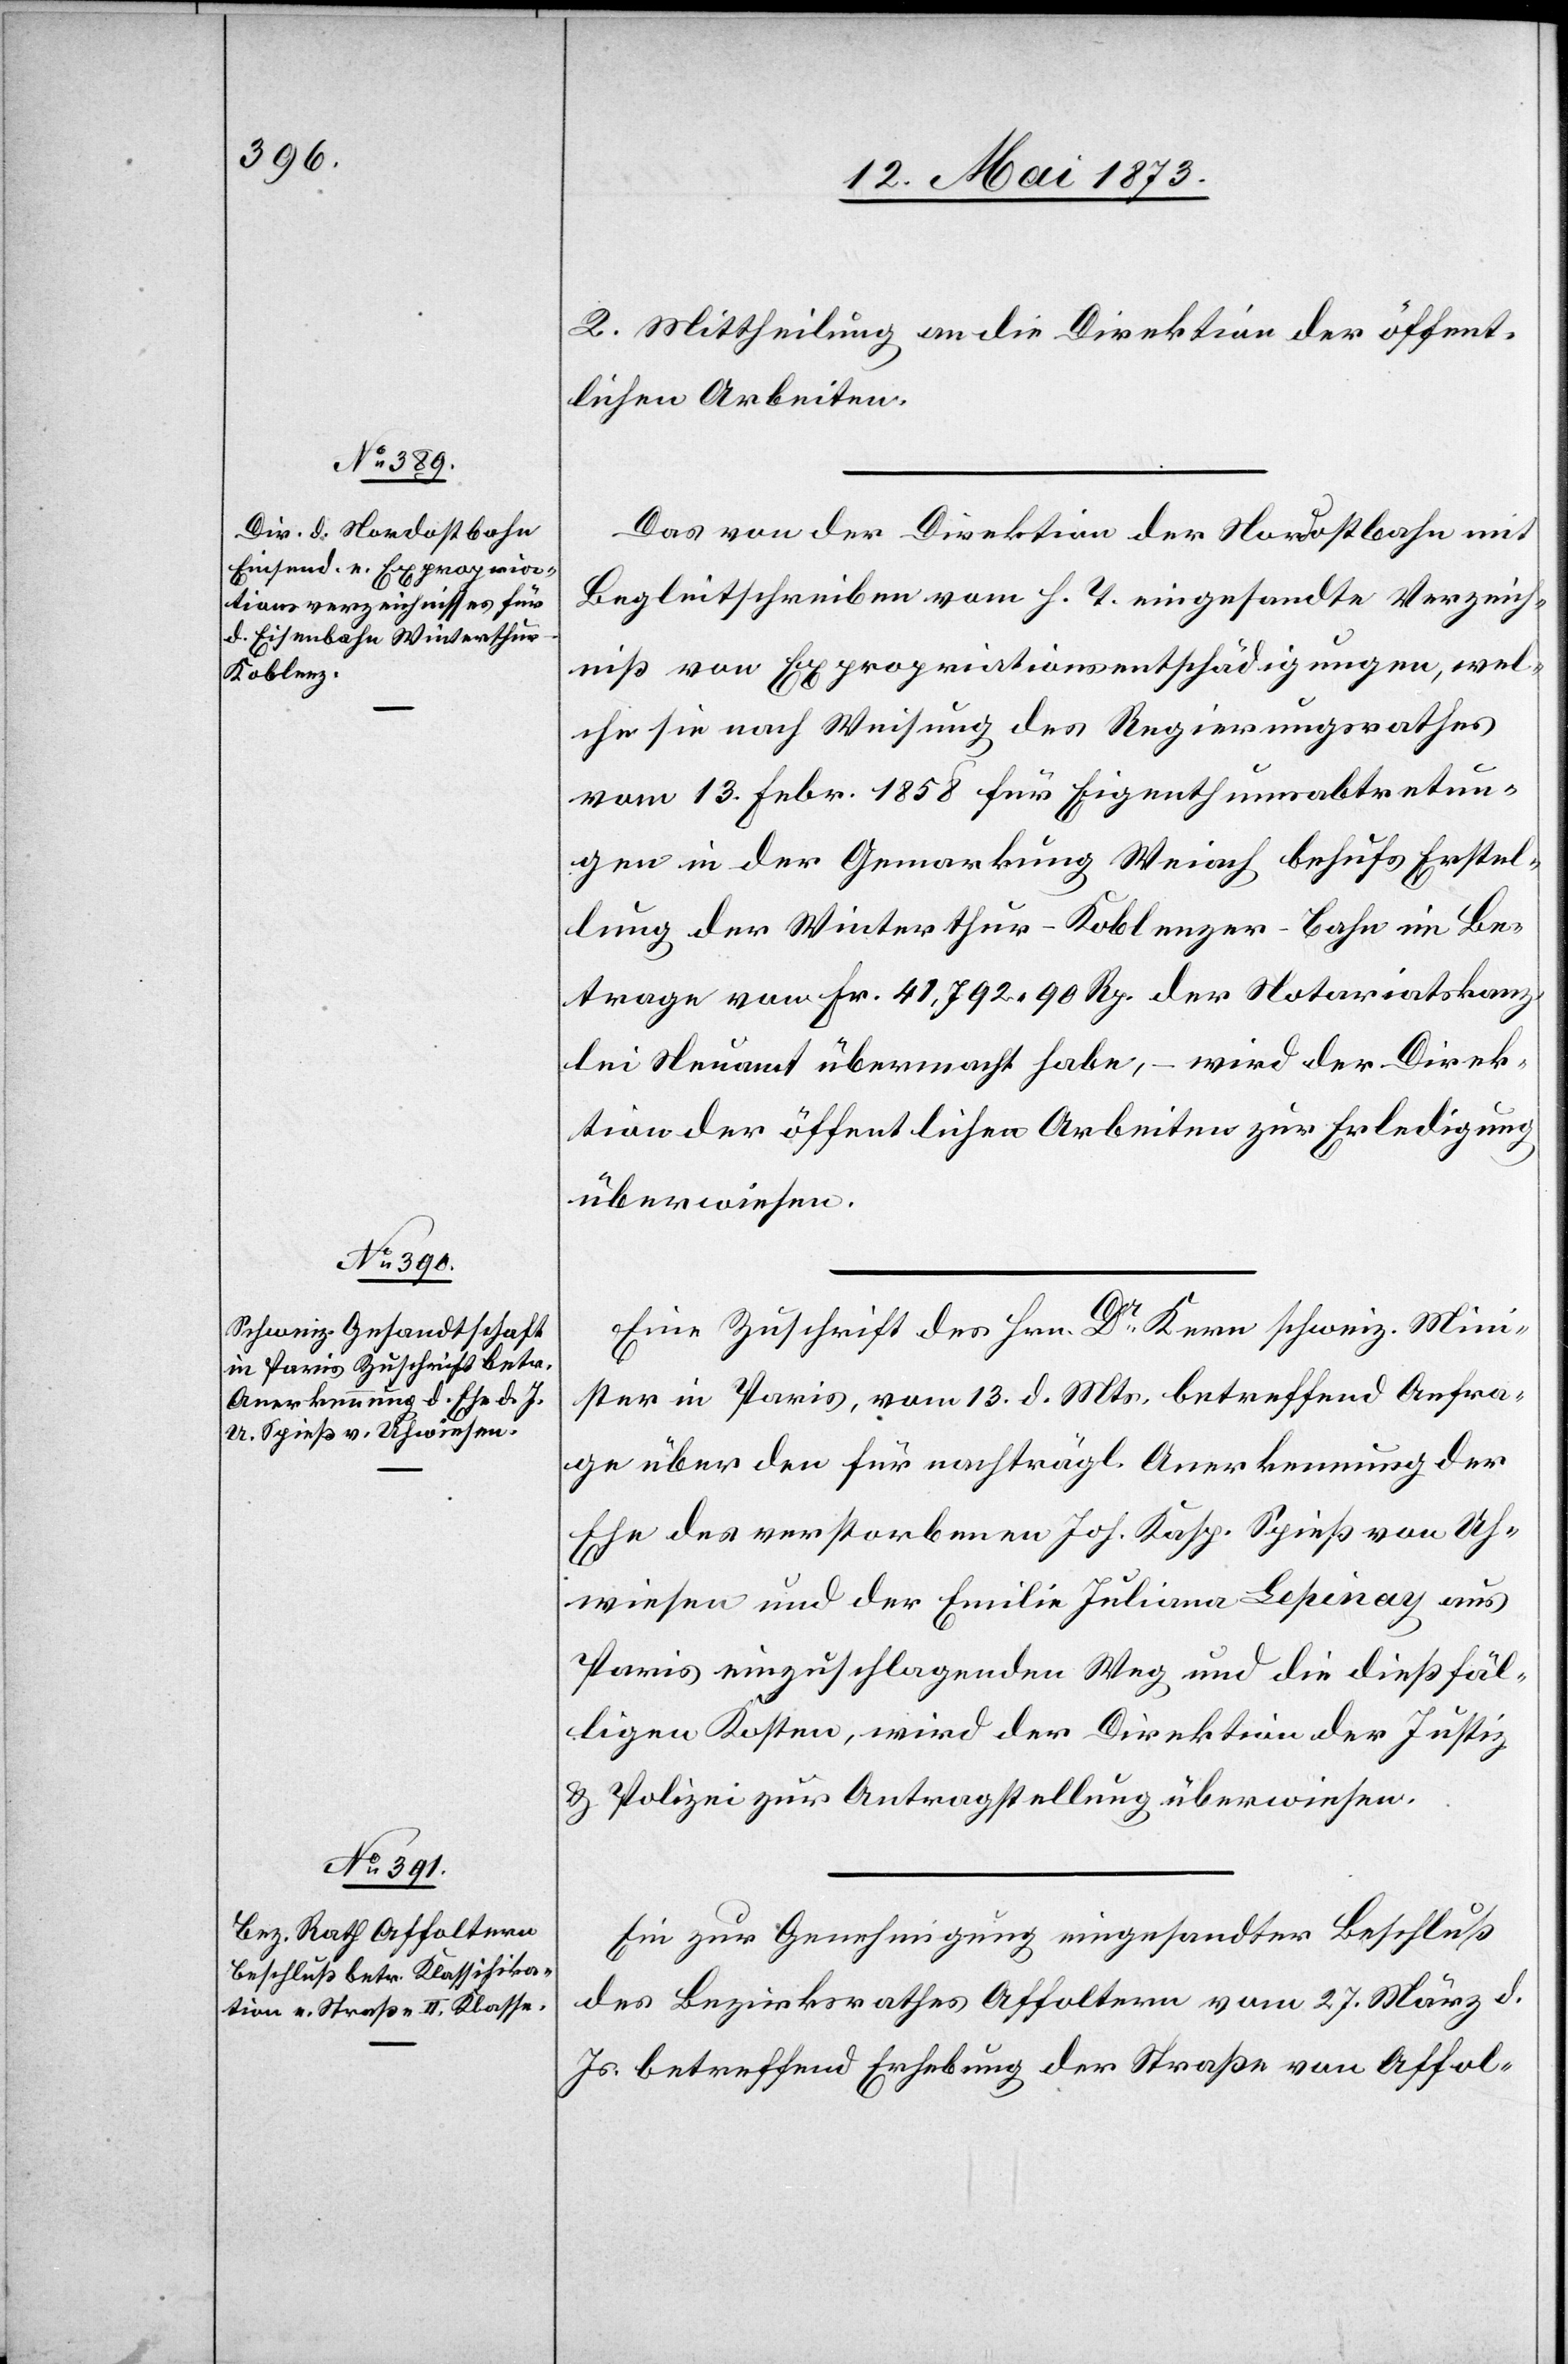
14. Mai 1873.]
2. Mittheilung an die Direktion der öffent¬
lichen Arbeiten.
Das von der Direktion der Nordostbahn mit
Begleitschreiben vom h. T. eingesandte Verzeich¬
niß von Expropriationsentschädigungen, wel¬
che sie nach Weisung des Regierungsrathes
vom 13. Febr. 1858 für Eigenthumsabtretun¬
gen in der Gemarkung Weiach behufs Erstel¬
lung der Winterthur–Koblenzer–Bahn im Be¬
trage von Fr. 41,792 90 Rp. der Notariatskanz¬
lei Neuamt übermacht habe, – wird der Direk¬
tion der öffentlichen Arbeiten zur Erledigung
überwiesen.
Eine Zuschrift des Hrn. Dr Kern schweiz. Mini¬
ster in Paris, vom 13. d. Mts. betreffend Anfra¬
ge über den für nachträgl. Anerkennung der
Ehe des verstorbenen Joh. Kasp. Spieß von Uh¬
wiesen und der Emilie Juliana Lepinay aus
Paris einzuschlagenden Weg und die dießfäl¬
ligen Kosten, wird der Direktion der Justiz
& Polizei zur Antragstellung überwiesen.
Ein zur Genehmigung eingesandter Beschluß
des Bezirksrathes Affoltern vom 27. März d.
Js. betreffend Erhebung der Straße von Affol-